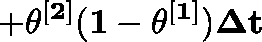
\mathbf { + \theta ^ { [ 2 ] } ( 1 - \theta ^ { [ 1 ] } ) \Delta t }